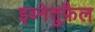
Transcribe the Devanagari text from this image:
इब्नेतुफ़ैल